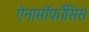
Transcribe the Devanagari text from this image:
ऐनामॉर्फोसिस